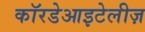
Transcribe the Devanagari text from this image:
कॉरडेआइटेलीज़